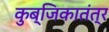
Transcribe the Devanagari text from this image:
कुब्जिकातंत्र